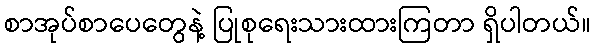
စာအုပ်စာပေတွေနဲ့ ပြုစုရေးသားထားကြတာ ရှိပါတယ်။